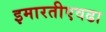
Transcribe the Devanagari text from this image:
इमारतीएवढा